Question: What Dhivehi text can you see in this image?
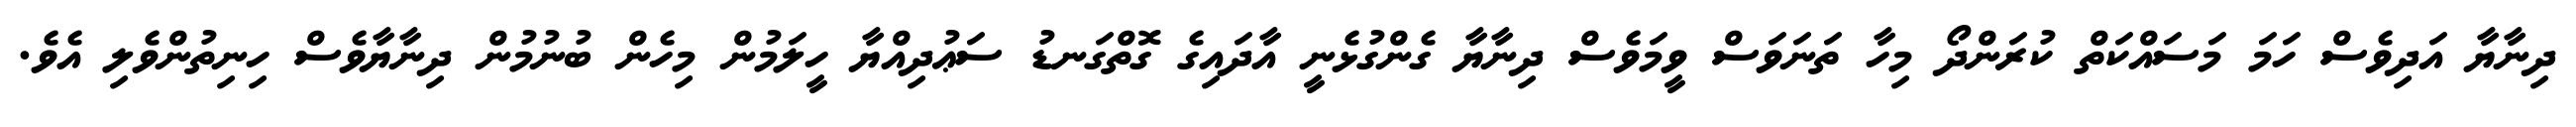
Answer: ދިނާޔާ އަދިވެސް ހަމަ މަސައްކަތް ކުރަންދޯ މިހާ ތަނަވަސް ވީމަވެސް ދިނާޔާ ގެންގުޅެނީ އާދައިގެ ގޮތްގަނޑު ސަޢުދިއްޔާ ހީލަމުން މިހެން ބުނުމުން ދިނާޔާވެސް ހިނިތުންވެލި އެވެ.